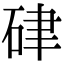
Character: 硉